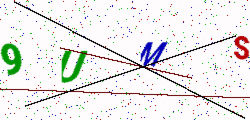
Text: 9UMS